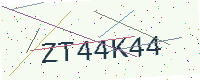
Text: ZT44K44